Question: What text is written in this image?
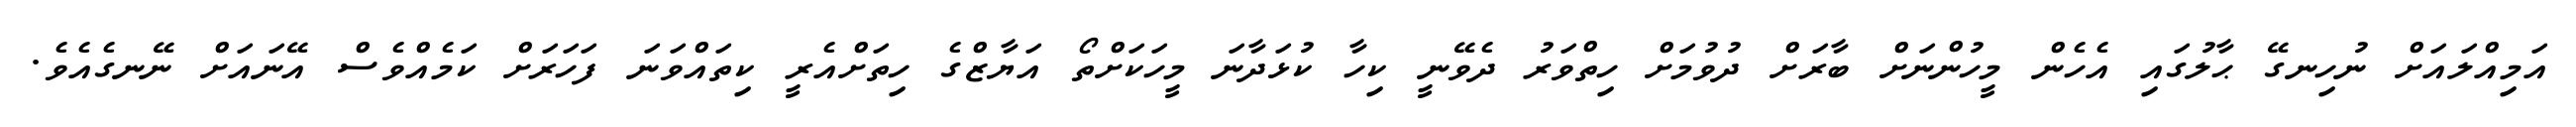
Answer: އަމިއްލައަށް ނުހިނގޭ ޙާލުގައި އެހެން މީހުންނަށް ބާރަށް ދުވުމަށް ހިތްވަރު ދެވޭނީ ކިހާ ކުޅަދާނަ މީހަކަށްތޯ އަޔާޒްގެ ހިތަށްއެރީ ކިތައްވަނަ ފަހަރަށް ކަމެއްވެސް އޭނައަށް ނޭނގެއެވެ.